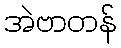
အဲဗာတန်